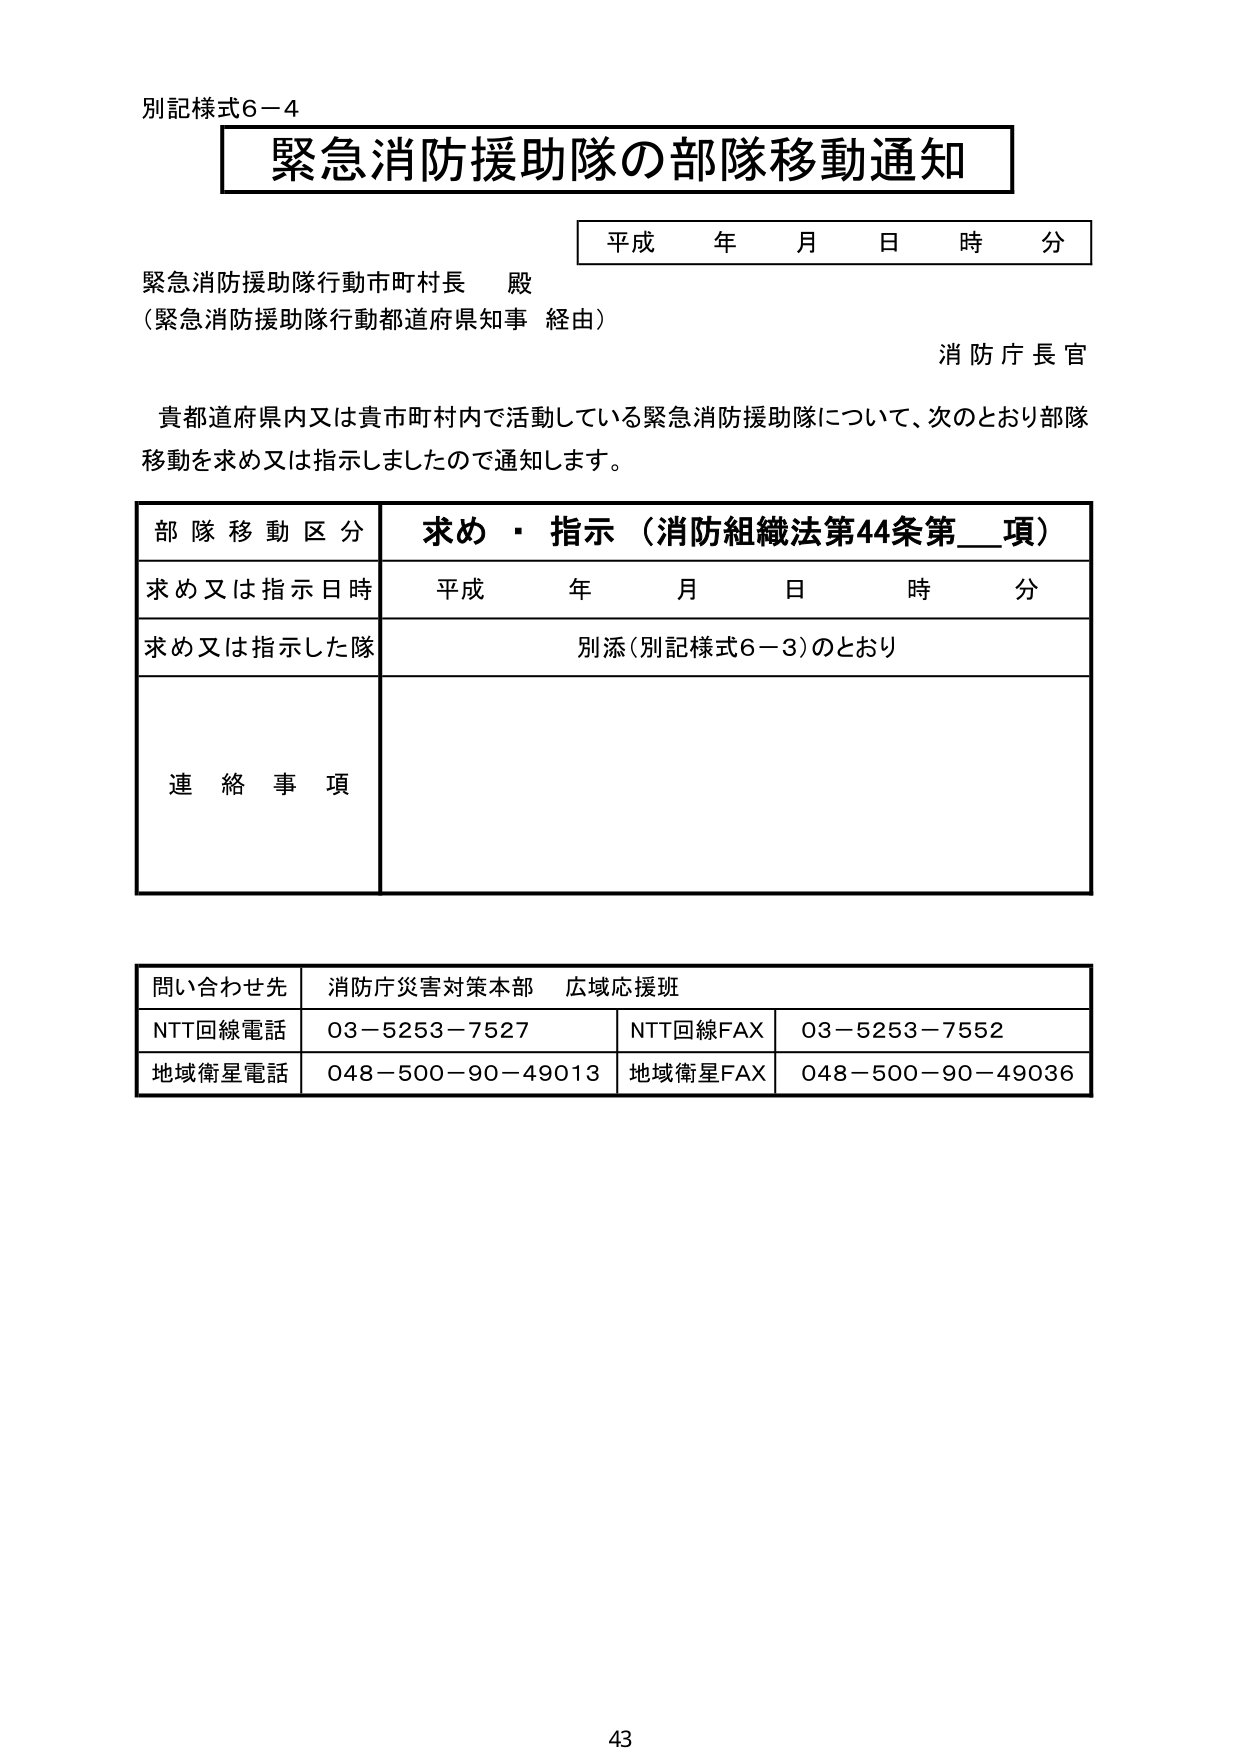
別記様式6－4
緊急消防援助隊の部隊移動通知
平成 年 月 日 時 分
緊急消防援助隊行動市町村長 殿
（緊急消防援助隊行動都道府県知事 経由）
消防庁長官
貴都道府県内又は貴市町村内で活動している緊急消防援助隊について、次のとおり部隊移動を求め又は指示しましたので通知します。
部隊移動区分 求め・指示（消防組織法第44条第__項）
求め又は指示日時 平成 年 月 日 時 分
求め又は指示した隊 別添（別記様式6－3）のとおり
連絡事項
問い合わせ先 消防庁災害対策本部 広域応援班
NTT回線電話 03－5253－7527 NTT回線FAX 03－5253－7552
地域衛星電話 048－500－90－49013 地域衛星FAX 048－500－90－49036
43